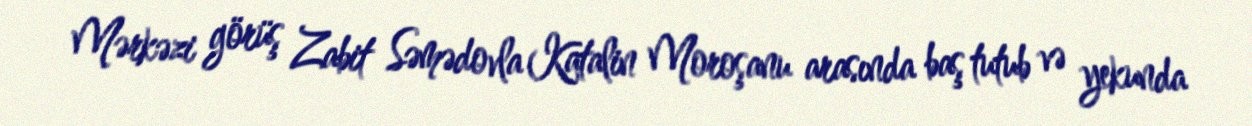
Mərkəzi görüş Zabit Səmədovla Katalin Moroşanu arasında baş tutub və yekunda